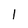
Character: 1